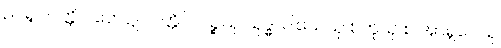
ဥပရူပပတ္တိပိ ဟေဋ္ဌူပပတ္တိပိ၊ ပဉ္စသု သုဒ္ဓါ ဝါသေသု စတူသု စ အာရူပေသု